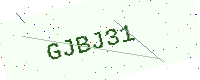
Text: GJBJ31